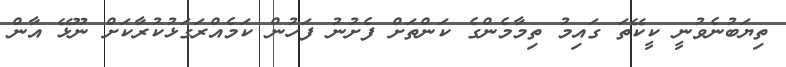
ތިޔަބުނެވުނީ ކީކޭތަ ގައިމު ތިމާމެންގެ ކަންތަށް ފެށުނު ފަހުން ކަމެއްރަގަޅުކުރާކަށް ނޫޅޭ އާން